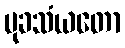
မုခသံယတော